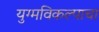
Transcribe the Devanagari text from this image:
युग्मविकल्पाचा